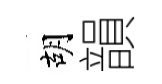
胡韻